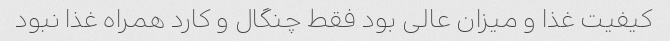
کیفیت غذا و‌ میزان عالی بود فقط چنگال و کارد همراه غذا نبود